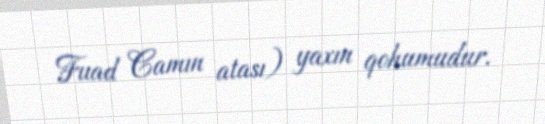
Fuad Camın atası) yaxın qohumudur.